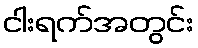
ငါးရက်အတွင်း